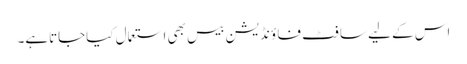
اس کے لیے سا فٹ فا ؤنڈیشن بیس بھی استعمال کیاجاتاہے۔